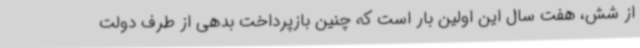
از شش، هفت سال این اولین بار است که چنین بازپرداخت بدهی از طرف دولت